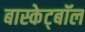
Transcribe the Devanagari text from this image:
बास्केट्बॉल